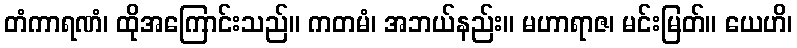
တံကာရဏံ၊ ထိုအကြောင်းသည်။ ကတမံ၊ အဘယ်နည်း။ မဟာရာဇ၊ မင်းမြတ်။ ယေဟိ၊